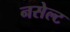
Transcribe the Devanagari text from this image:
नसेल्ट